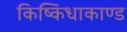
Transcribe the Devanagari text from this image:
किष्किंधाकाण्ड